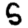
Digit: 5